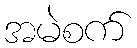
အမဲစက်